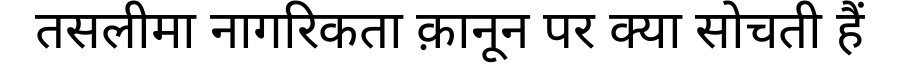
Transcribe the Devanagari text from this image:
तसलीमा नागरिकता क़ानून पर क्या सोचती हैं